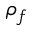
\rho _ { f }